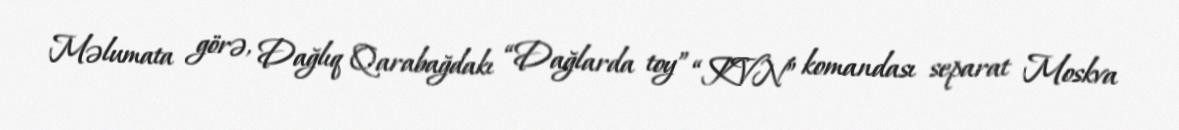
Məlumata görə, Dağlıq Qarabağdakı “Dağlarda toy” “KVN” komandası separat Moskva